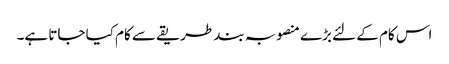
اس کام کے لئے بڑے منصوبہ بند طریقے سے کام کیا جاتا ہے۔